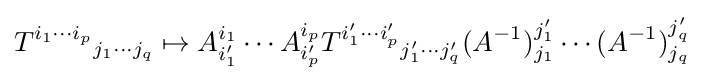
{T^{i_{1}\cdots i_{p}}}_{j_{1}\cdots j_{q}}\mapsto A_{i'_{1}}^{i_{1}}\cdots A_{i'_{p}}^{i_{p}}{T^{i'_{1}\cdots i'_{p}}}_{j'_{1}\cdots j'_{q}}(A^{-1})_{j_{1}}^{j'_{1}}\cdots (A^{-1})_{j_{q}}^{j'_{q}}